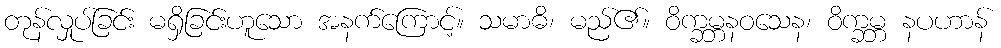
တုန်လှုပ်ခြင်း မရှိခြင်းဟူသော အနက်ကြောင့်။ သမာဓိ၊ မည်၏။ ဝိက္ခမ္ဘနဝသေန၊ ဝိက္ခမ္ဘ နပဟာန်